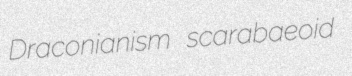
Draconianism scarabaeoid